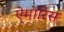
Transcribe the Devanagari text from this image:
ऐमोरिस